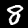
Label: 8